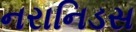
નરાનિડસ